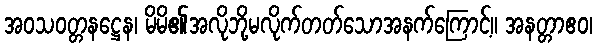
အဝသဝတ္တနဋ္ဌေန၊ မိမိ၏အလိုဘို့မလိုက်တတ်သောအနက်ကြောင့်။ အနတ္တာဧဝ၊